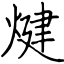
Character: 煡